Problem: 4 × 9 = ?
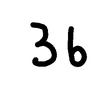
Handwritten answer: 36